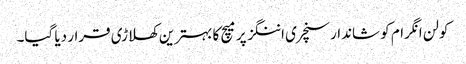
کولن انگرام کو شاندار سنچری اننگز پر میچ کا بہترین کھلاڑی قرار دیا گیا۔